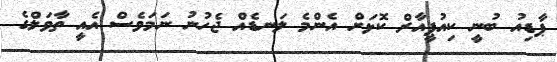
ޕާޑިއު ބުނީ ކިއުޕީއާރް ކޮޅަށް އެންމެ ލަނޑެއް ޖެހުނު ނަމަވެސް އެއީ ތާވަލްގެ